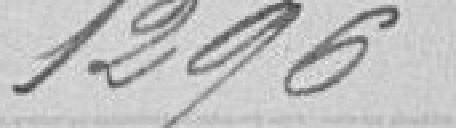
1296